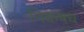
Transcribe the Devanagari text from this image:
निकषच